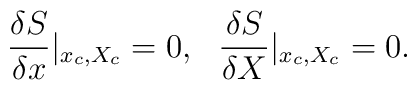
\frac{\delta S}{\delta x}|_{x_c,X_c} = 0, \ \   \frac{\delta S}{\delta X}|_{x_c,X_c} = 0.